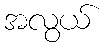
အလွယ်